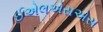
ઈએલએસએસ